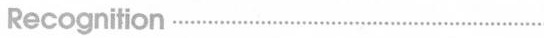
Recognitic……